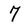
Character: 7